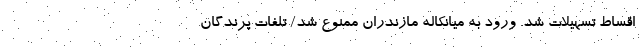
اقساط تسهیلات شد. ورود به میانکاله مازندران ممنوع شد/ تلفات پرندگان